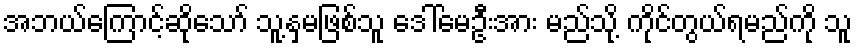
အဘယ်ကြောင့်ဆိုသော် သူ့နှမဖြစ်သူ ဒေါ်မေဦးအား မည်သို့ ကိုင်တွယ်ရမည်ကို သူ